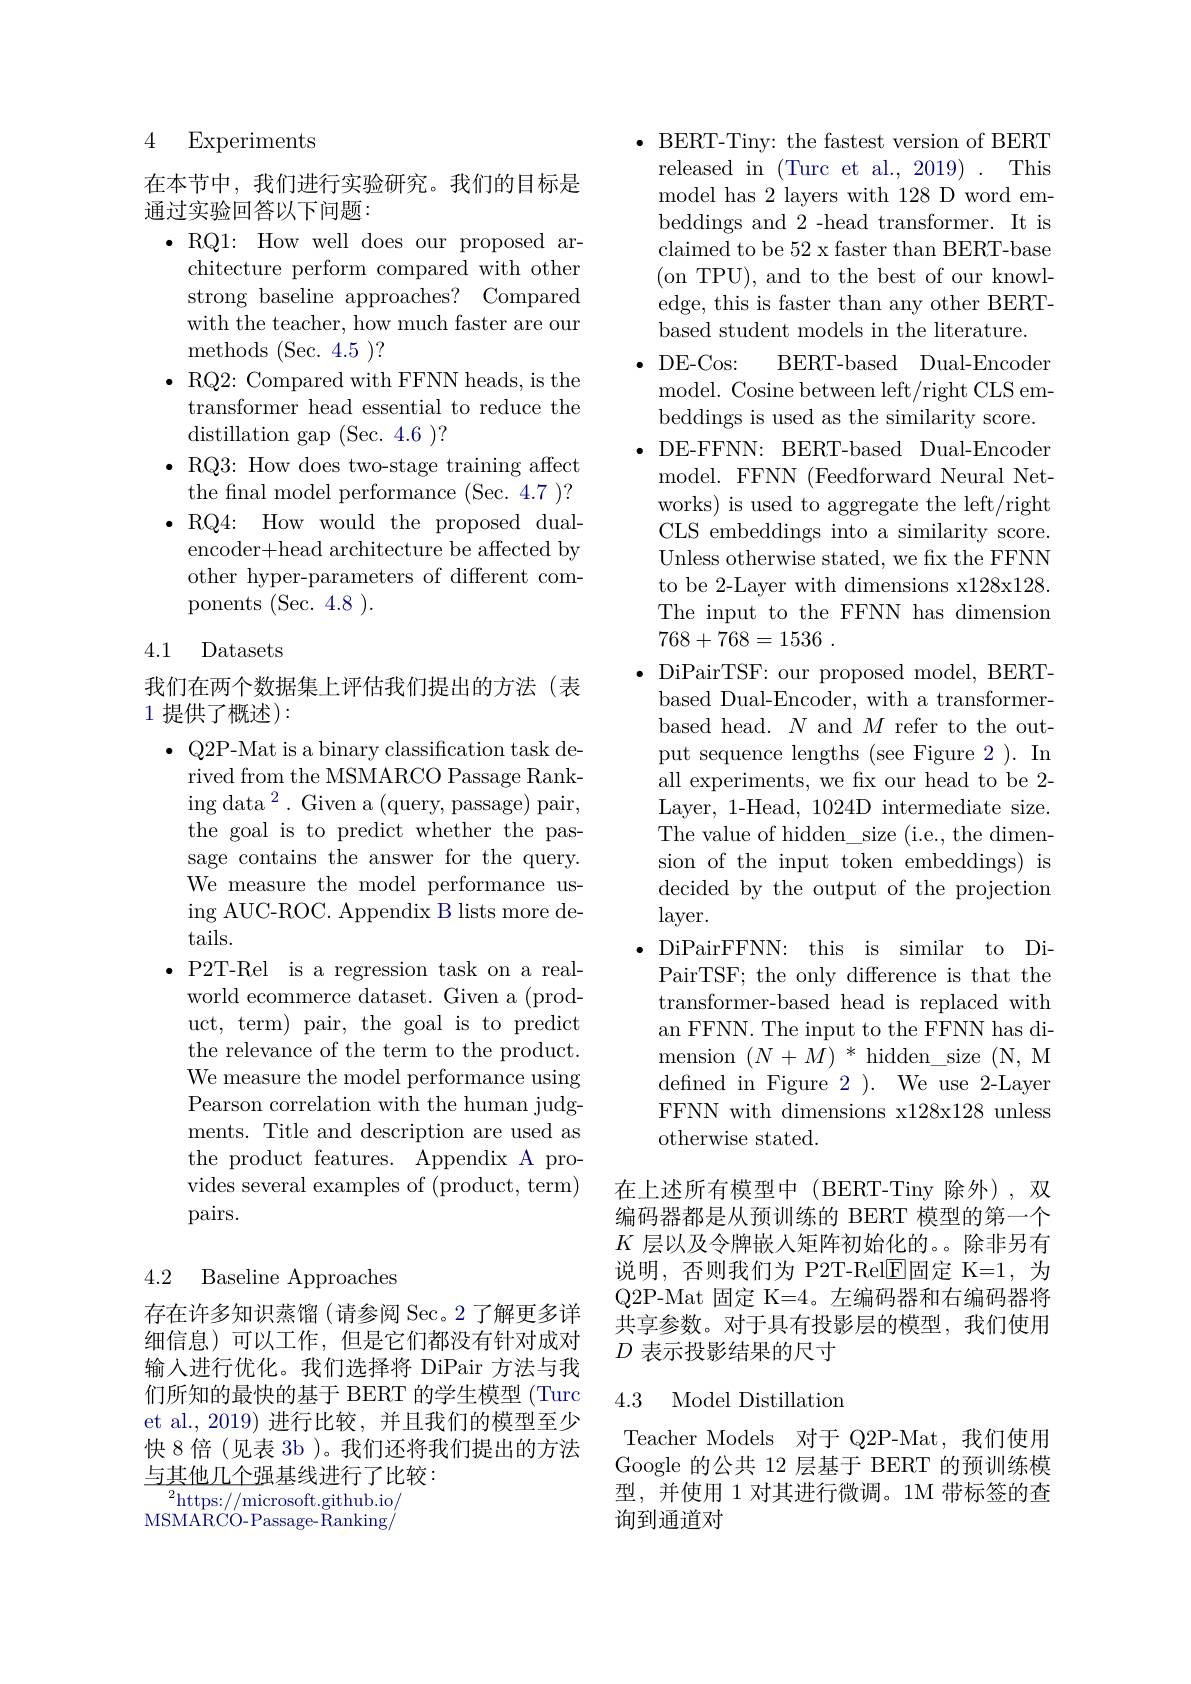
4 Experiments

在本节中，我们进行实验研究。我们的目标是
通过实验回答以下问题：

$\bullet$RQ1: How well does our proposed ar-
chitecture perform compared with other strong baseline approaches? Compared with the teacher, how much faster are our methods (Sec. 4.5 )?
$\bullet$ RQ2: Compared with FFNN heads, is the
transformer head essential to reduce the
distillation gap (Sec. 4.6 )?
$\bullet$ RQ3: How does two-stage training affect
the final model performance (Sec. 4.7 )? $\bullet$RQ4: How would the proposed dualencoder+head architecture be affected by other hyper-parameters of different components (Sec. 4.8 ).

### 4.1 Datasets

我们在两个数据集上评估我们提出的方法(表
1 提供了概述):

$\bullet$ Q2P-Mat is a binary classification task derived from the MSMARCO Passage Rank- $\operatorname{ing}\operatorname{data}^2.$ Given a(query, passage) pair, the goal is to predict whether the passage contains the answer for the query. We measure the model performance using AUC-ROC. Appendix B lists more details.
$\bullet$P2T-Rel is a regression task on a realworld ecommerce dataset. Given a (product, term) pair, the goal is to predict the relevance of the term to the product. We measure the model performance using Pearson correlation with the human judgments. Title and description are used as the product features. Appendix A provides several examples of (product, term) pairs.

## 4.2 Baseline Approaches

存在许多知识蒸馏(请参阅 Sec。2了解更多详细信息)可以工作，但是它们都没有针对成对输入进行优化。我们选择将 DiPair 方法与我们所知的最快的基于 BERT 的学生模型 (Turc et al.,2019) 进行比较，并且我们的模型至少快 8 倍(见表 3b )。我们还将我们提出的方法与其他几个强基线进行了比较：
$^2$https://microsoft.github.io/

MSMARCO- Passage- Ranking/

$\bullet$ BERT-Tiny: the fastest version of BERT released in (Turc et al., 2019) . This model has 2 layers with 128 D word embeddings and 2 -head transformer. It is claimed to be 52 x faster than BERT-base (on TPU),and to the best of our knowledge, this is faster than any other BERTbased student models in the literature.
$\cdot$ DE-Cos:
BERT-based Dual-Encoder
model. Cosine between left/right CLS embeddings is used as the similarity score.
· DE-FFNN: BERT-based Dual-Encoder
model. FFNN (Feedforward Neural Networks) is used to aggregate the left/right CLS embeddings into a similarity score. Unless otherwise stated, we fix the FFNN to be 2-Layer with dimensions x128x128 The input to the FFNN has dimension 768+768=1536 .
$\bullet$ DiPairTSF: our proposed model, BERT-
based Dual-Encoder, with a transformerbased head. $N$ and $M$ refer to the output sequence lengths (see Figure 2 ). In all experiments, we fix our head to be 2- Layer, 1-Head, 1024D intermediate size. The value of hidden\_size (i.e., the dimension of the input token embeddings) is decided by the output of the projection layer.
$\bullet$ DiPairFFNN: this is similar to Di-
PairTSF; the only difference is that the transformer-based head is replaced with an FFNN. The input to the FFNN has dimension $(N+M)^*$hidden\_size(N,M defined in Figure 2 ). We use 2-Layer FFNN with dimensions x128x128 unless otherwise stated.
在上述所有模型中(BERT-Tiny 除外),双

编码器都是从预训练的 BERT 模型的第一个$K$层以及令牌嵌入矩阵初始化的。除非另有

说明，否则我们为 P2T-Rel$\overline{\mathrm{E}}$固定 K=1,为Q2P-Mat 固定 K=4。左编码器和右编码器将共享参数。对于具有投影层的模型，我们使用$D$表示投影结果的尺寸

## 4.3 Model Distillation

Teacher Models 对于 Q2P-Mat,我们使用Google 的公共 12 层基于 BERT 的预训练模型，并使用 1 对其进行微调。1M 带标签的查询到通道对